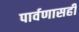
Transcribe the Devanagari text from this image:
पार्वणासही